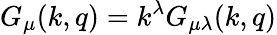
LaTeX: G_{\mu}(k,q)=k^{\lambda}G_{\mu\lambda}(k,q)